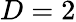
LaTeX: D=2